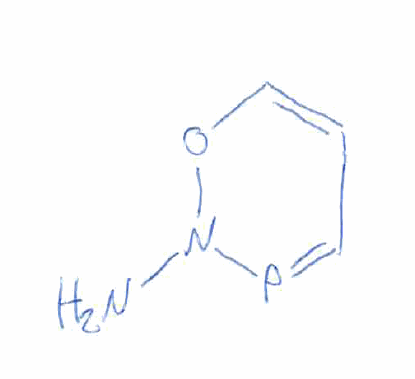
Simplified molecular-input line-entry system (SMILES) notation of the given molecule:
C1=CON(P=C1)N